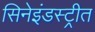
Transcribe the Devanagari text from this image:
सिनेइंडस्ट्रीत